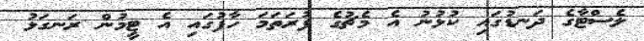
ލެސްޓާގެ ދަނޑުގައި ކުޅުނު އެ މެޗުގެ ފުރަތަމަ ހާފުގައި އެ ޓީމުން ރަނގަޅު